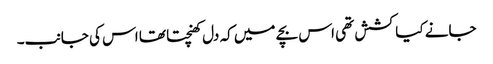
جانے کیا کشش تھی اس بچے میں کہ دل کھنچتا تھا اس کی جانب۔